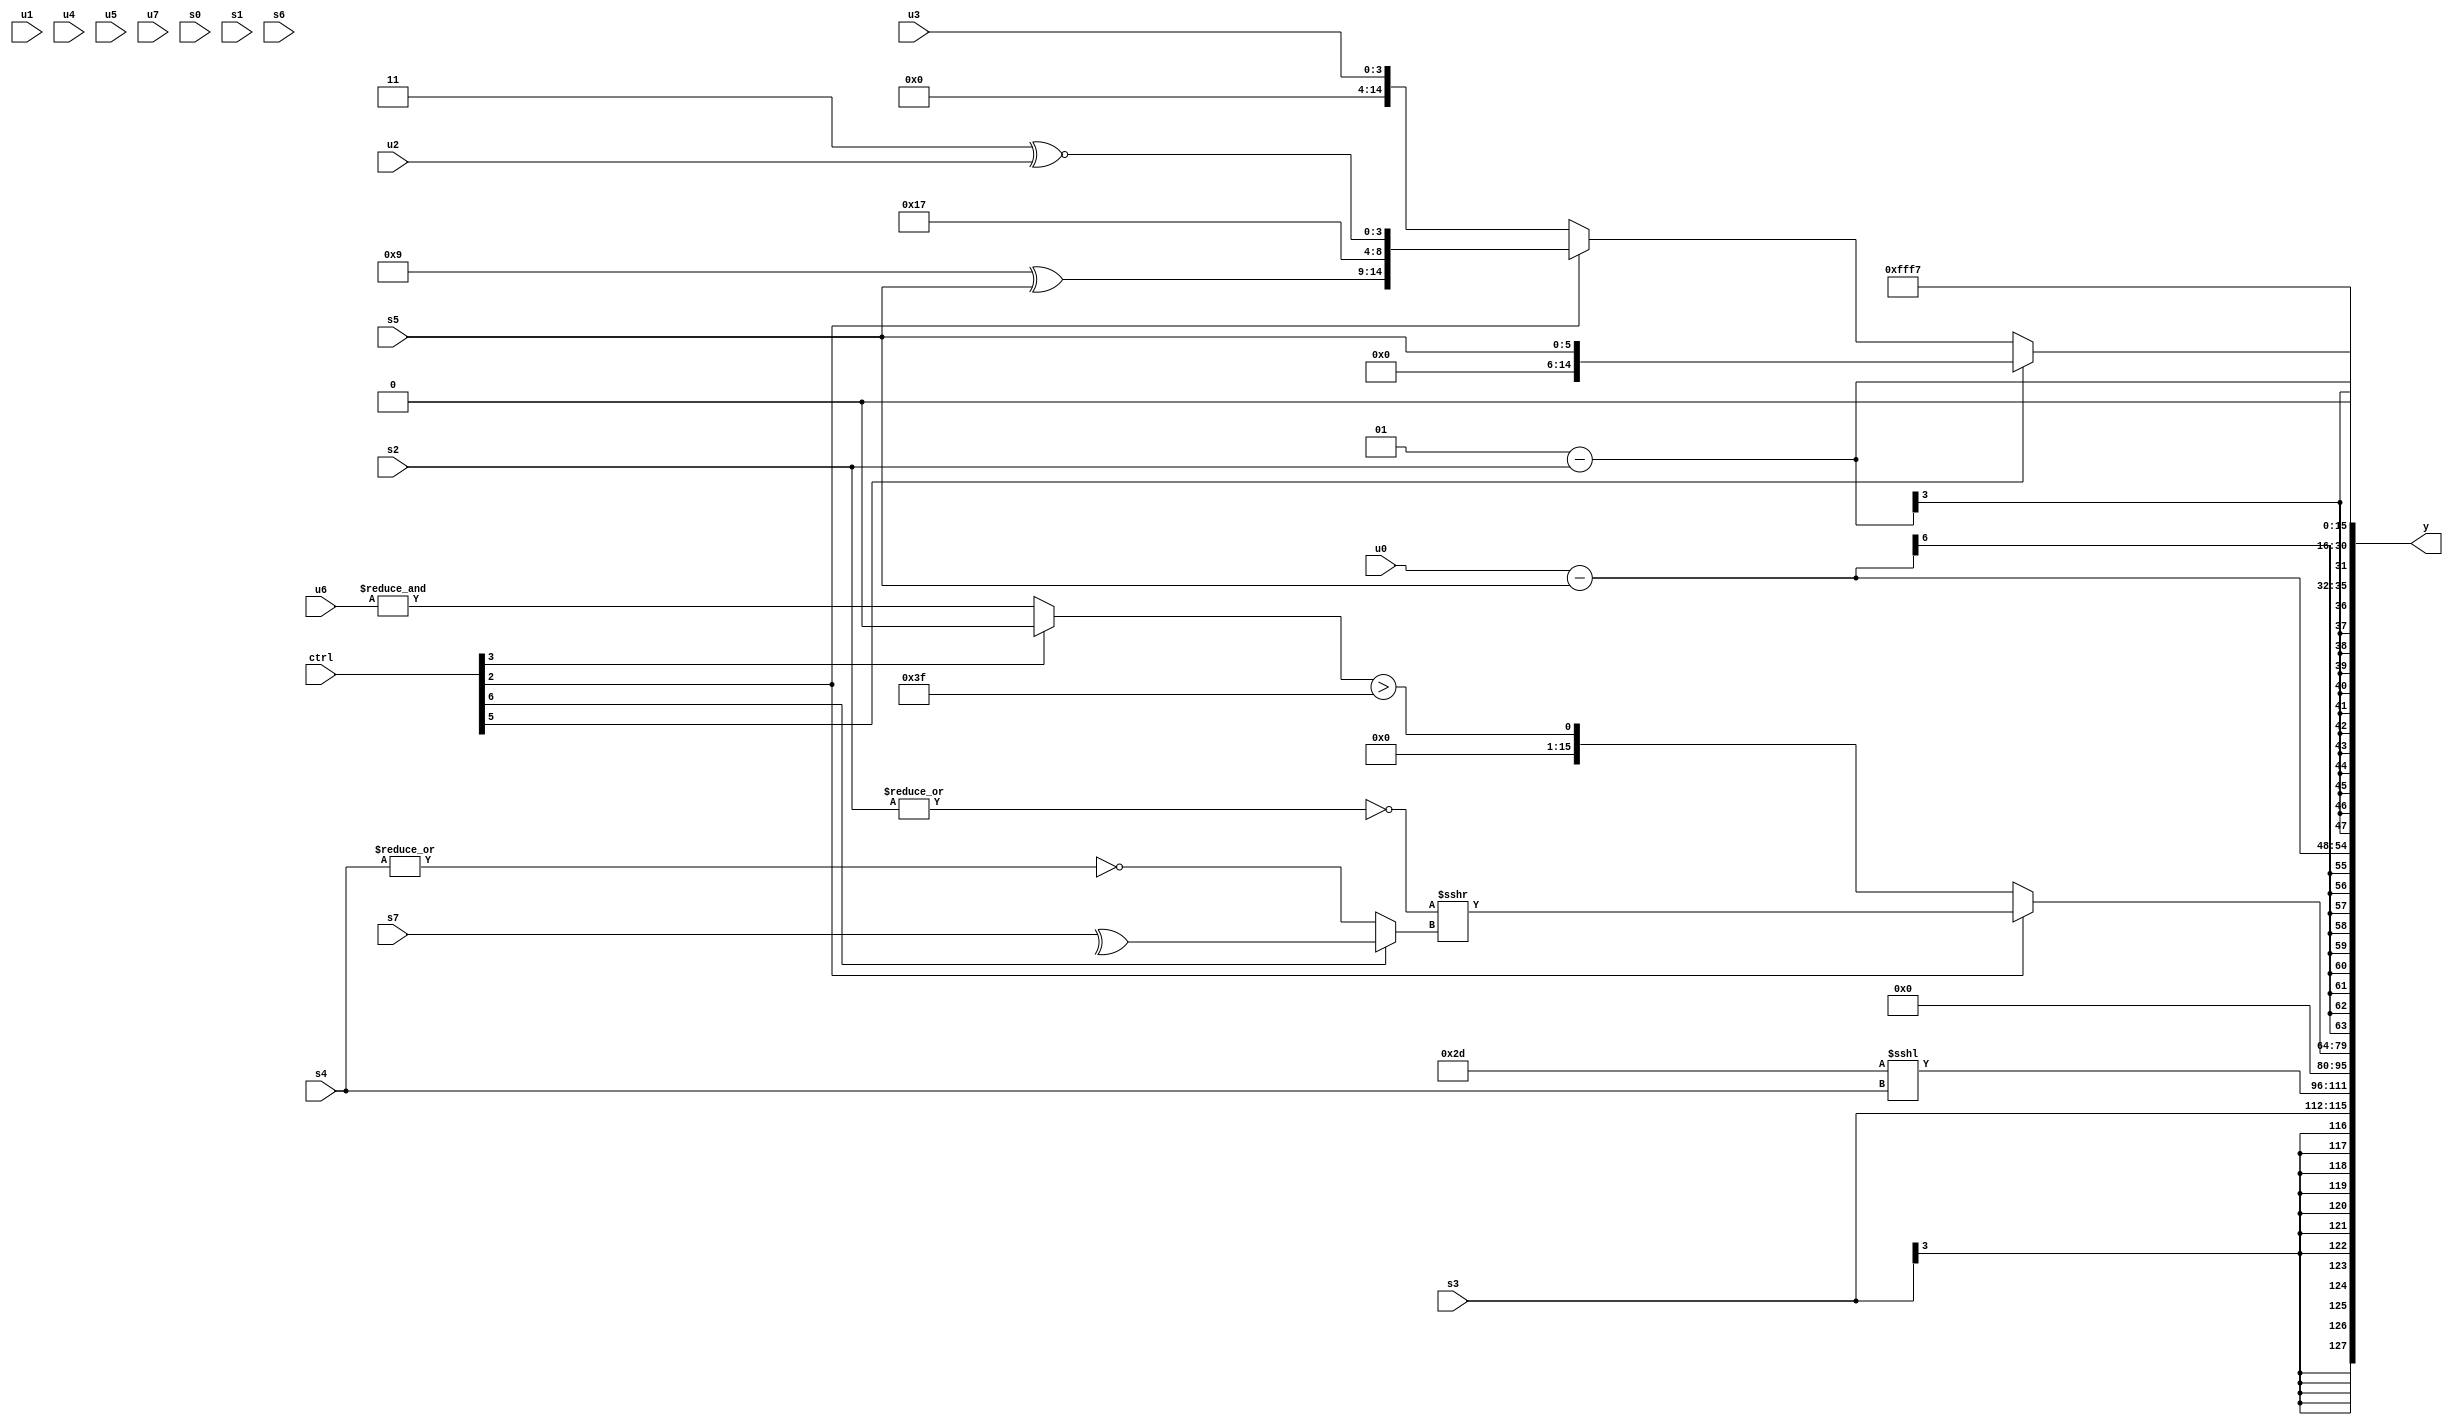
module wideexpr_00898(ctrl, u0, u1, u2, u3, u4, u5, u6, u7, s0, s1, s2, s3, s4, s5, s6, s7, y);
  input [7:0] ctrl;
  input [0:0] u0;
  input [1:0] u1;
  input [2:0] u2;
  input [3:0] u3;
  input [4:0] u4;
  input [5:0] u5;
  input [6:0] u6;
  input [7:0] u7;
  input signed [0:0] s0;
  input signed [1:0] s1;
  input signed [2:0] s2;
  input signed [3:0] s3;
  input signed [4:0] s4;
  input signed [5:0] s5;
  input signed [6:0] s6;
  input signed [7:0] s7;
  output [127:0] y;
  wire [15:0] y0;
  wire [15:0] y1;
  wire [15:0] y2;
  wire [15:0] y3;
  wire [15:0] y4;
  wire [15:0] y5;
  wire [15:0] y6;
  wire [15:0] y7;
  assign y = {y0,y1,y2,y3,y4,y5,y6,y7};
  assign y0 = $signed(s3);
  assign y1 = (6'b101101)<<<(s4);
  assign y2 = 4'sb0000;
  assign y3 = (ctrl[2]?(~|(s2))>>>($signed((ctrl[6]?^(+(s7)):(|(1'sb0))|(~|(s4))))):((ctrl[3]?&(6'b111001):$signed(&($signed(u6)))))>({3{2'sb11}}));
  assign y4 = (u0)-(s5);
  assign y5 = +((3'sb001)-(s2));
  assign y6 = {(ctrl[7]?($signed(&(s7)))<(((ctrl[6]?s1:5'sb01100))&((s2)<<(6'sb010011))):(s4)==($signed($signed(1'b0)))),1'sb0,(ctrl[5]?$signed(s5):(ctrl[2]?{(4'sb1001)^(s5),$signed(5'sb10111),(4'sb0011)^~(u2)}:u3))};
  assign y7 = 5'sb10111;
endmodule